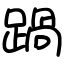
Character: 踻